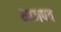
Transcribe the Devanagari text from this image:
भाजपत